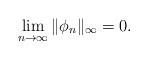
LaTeX: \begin{align*}\lim_{n\rightarrow\infty}\Vert \phi_n\Vert_{\infty}=0.\end{align*}